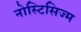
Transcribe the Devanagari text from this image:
नोस्टिसिज्म